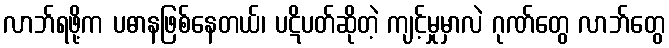
လာဘ်ရဖို့က ပဓာနဖြစ်နေတယ်၊ ပဋိပတ်ဆိုတဲ့ ကျင့်မှုမှာလဲ ဂုဏ်တွေ လာဘ်တွေ